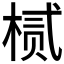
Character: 𬃘